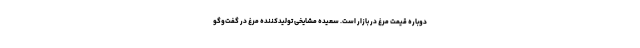
دوباره قیمت مرغ در بازار است. سعیده مشایخی تولیدکننده مرغ در گفت‌وگو